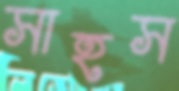
সাহস